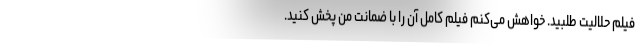
فیلم حلالیت طلبید. خواهش می‌کنم فیلم کامل آن را با ضمانت من پخش کنید.